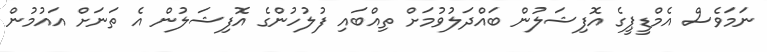
ނަމަވެސް އެމްޑީޕީގެ އޮފިޝަލުން ބައްދަލުވުމަށް ތިއްބައި ފުލުހުންގެ އޮފިޝަލުން އެ ތަނަށް އައުމުން